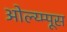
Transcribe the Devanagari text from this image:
ओल्य्म्पूस